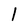
Character: 1